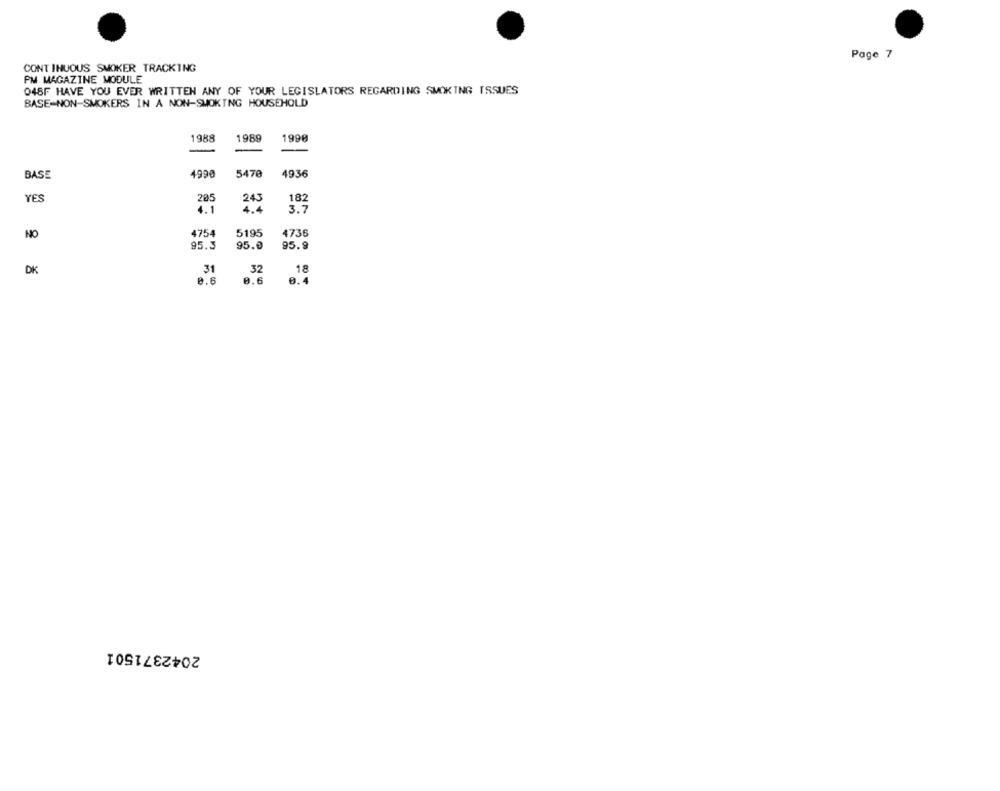
Page 7
CONTINUOUS SMOKER TRACKING
PM MAGAZINE MODULE
048F HAVE YOU EVER WRITTEN ANY OF YOUR LEGISLATORS REGARDING SMOKING ISSUES
BASE-NON-SMOKERS IN A NON-SMOKING HOUSEHOLD
1988
198
1990
BASE
4990
5470
4936
YES
235
243
4.1
4.4
3.7
NO
4754
5195
4736
95.3
95.0
95.9
31
32
18
DK
0.6
0.6
0.4
2042371501